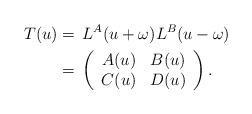
LaTeX: \begin{align*}T(u)&= \,L^{A}(u+\omega)L^{B}(u-\omega)\\&=\,\left( \begin{array}{cc}A(u) & B(u)\\ C(u) & D(u)\end{array}\right).\end{align*}